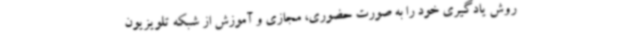
روش یادگیری خود را به صورت حضوری، مجازی و آموزش از شبکه تلویزیون